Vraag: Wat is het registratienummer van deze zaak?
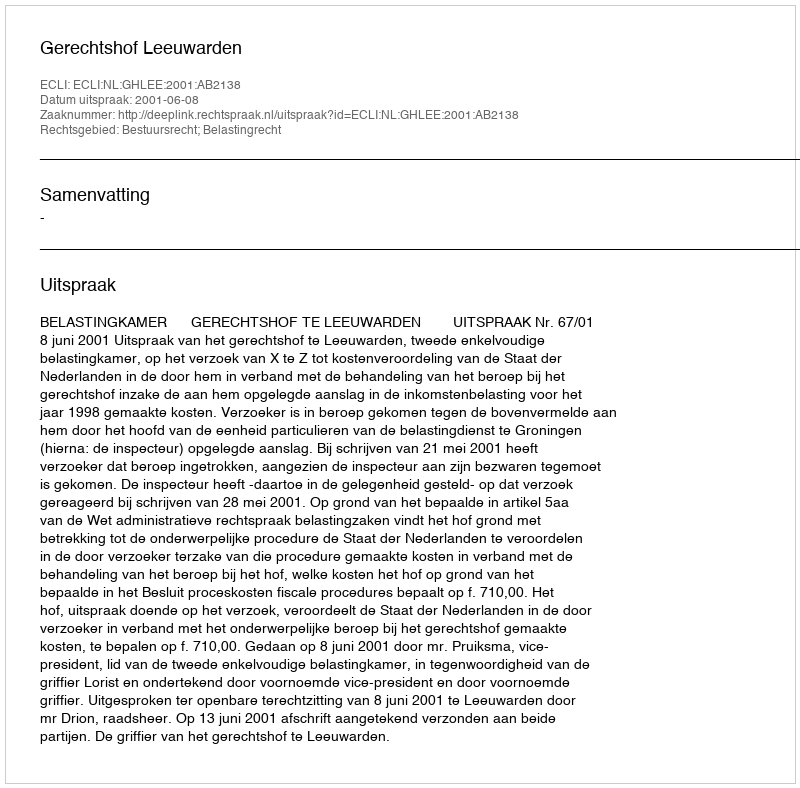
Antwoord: http://deeplink.rechtspraak.nl/uitspraak?id=ECLI:NL:GHLEE:2001:AB2138